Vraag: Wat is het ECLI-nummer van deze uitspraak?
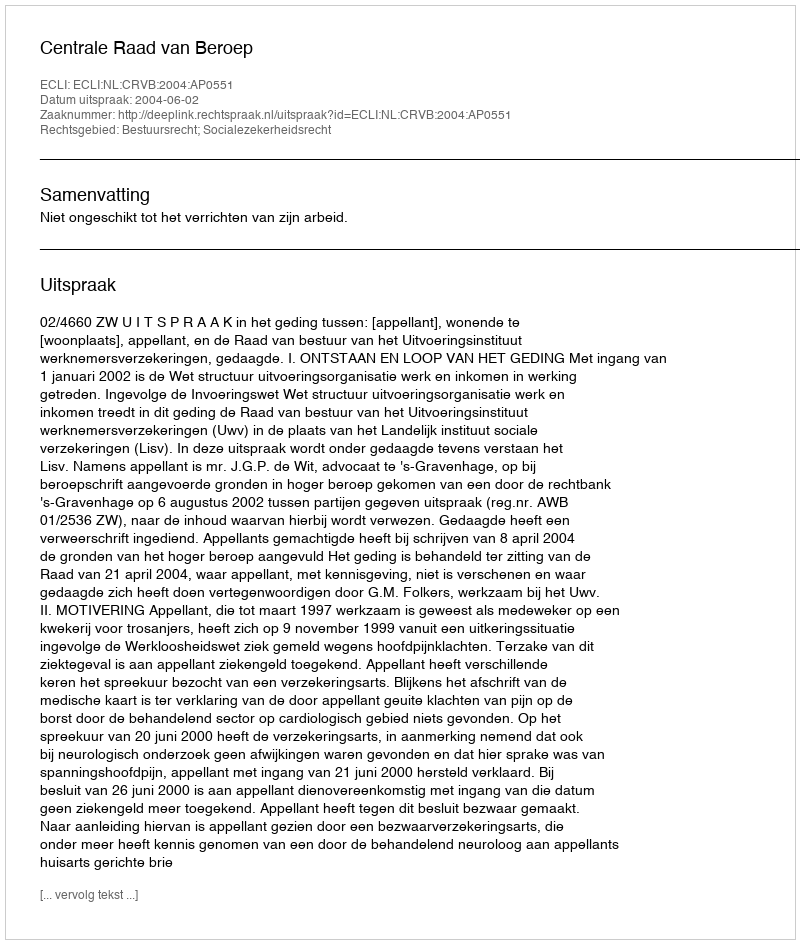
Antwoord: ECLI:NL:CRVB:2004:AP0551